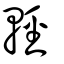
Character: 輕